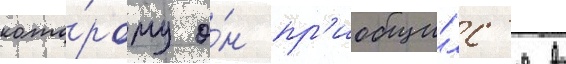
кото́рому о́н пр'иобщи́лс'я в